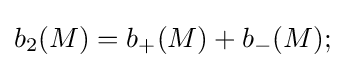
b_{2}(M)=b_{+}(M)+b_{-}(M);